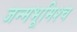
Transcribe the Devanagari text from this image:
जन्मभूमिश्च